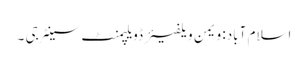
اسلام آباد: ویمن ویلفیئر ڈویلپمنٹ سینٹر جی ۔